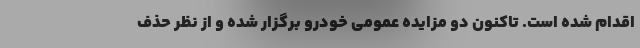
اقدام شده است. تاکنون دو مزایده عمومی خودرو برگزار شده و از نظر حذف